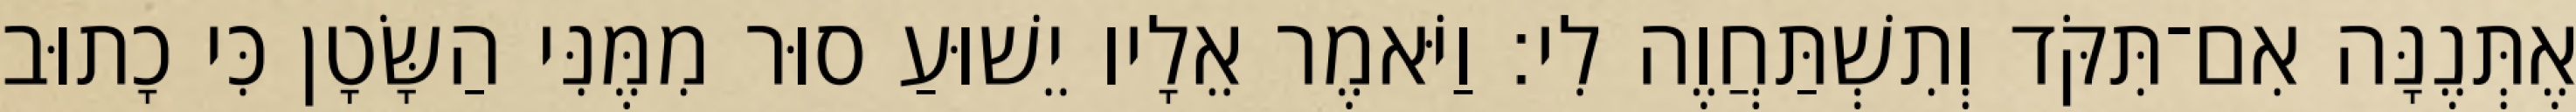
אֶתְּנֶנָּה אִם־תִּקֹּד וְתִשְׁתַּחֲוֶה לִי׃ וַיֹּאמֶר אֵלָיו יֵשׁוּעַ סוּר מִמֶּנִּי הַשָּׂטָן כִּי כָתוּב